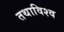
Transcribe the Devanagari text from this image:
तथाविश्व